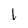
Character: 1